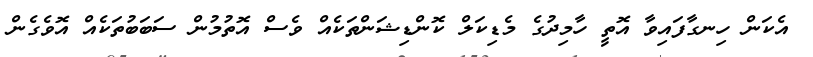
އެކަން ހިނގާފައިވާ އޮތީ ހާމިދުގެ މެޑިކަލް ކޮންޑިޝަންތަކެއް ވެސް އޮތުމުން ސަބަބުތަކެއް އޮވެގެން